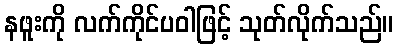
နဖူးကို လက်ကိုင်ပဝါဖြင့် သုတ်လိုက်သည်။